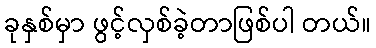
ခုနှစ်မှာ ဖွင့်လှစ်ခဲ့တာဖြစ်ပါ တယ်။